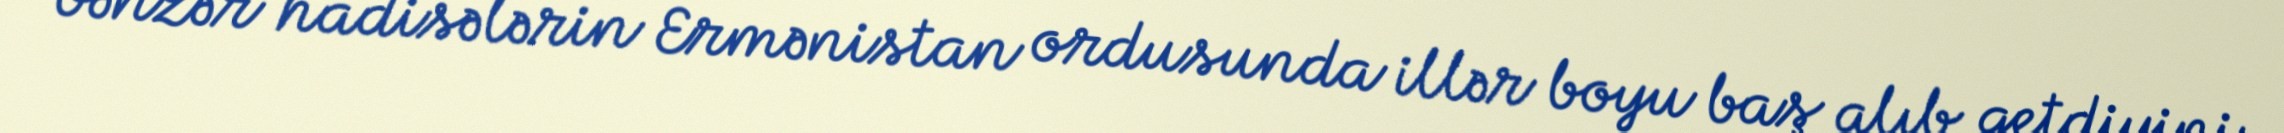
bənzər hadisələrin Ermənistan ordusunda illər boyu baş alıb getdiyini